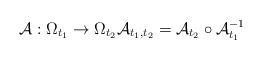
LaTeX: \begin{align*} \mathcal{A} : \Omega_{t_{1}} \rightarrow \Omega_{t_{2}} \mathcal{A}_{t_1, t_2} = \mathcal{A}_{t_2} \circ \mathcal{A}_{t_1}^{-1}\end{align*}